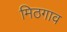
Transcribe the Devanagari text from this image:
मिठगाव